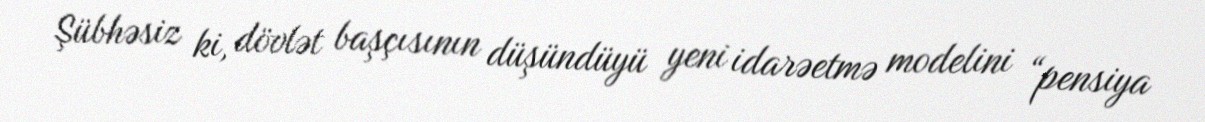
Şübhəsiz ki, dövlət başçısının düşündüyü yeni idarəetmə modelini “pensiya